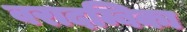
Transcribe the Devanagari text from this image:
वरादम्बिका